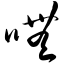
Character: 呒